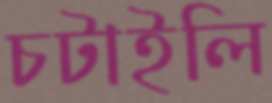
চটাইলি